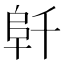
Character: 𱀁